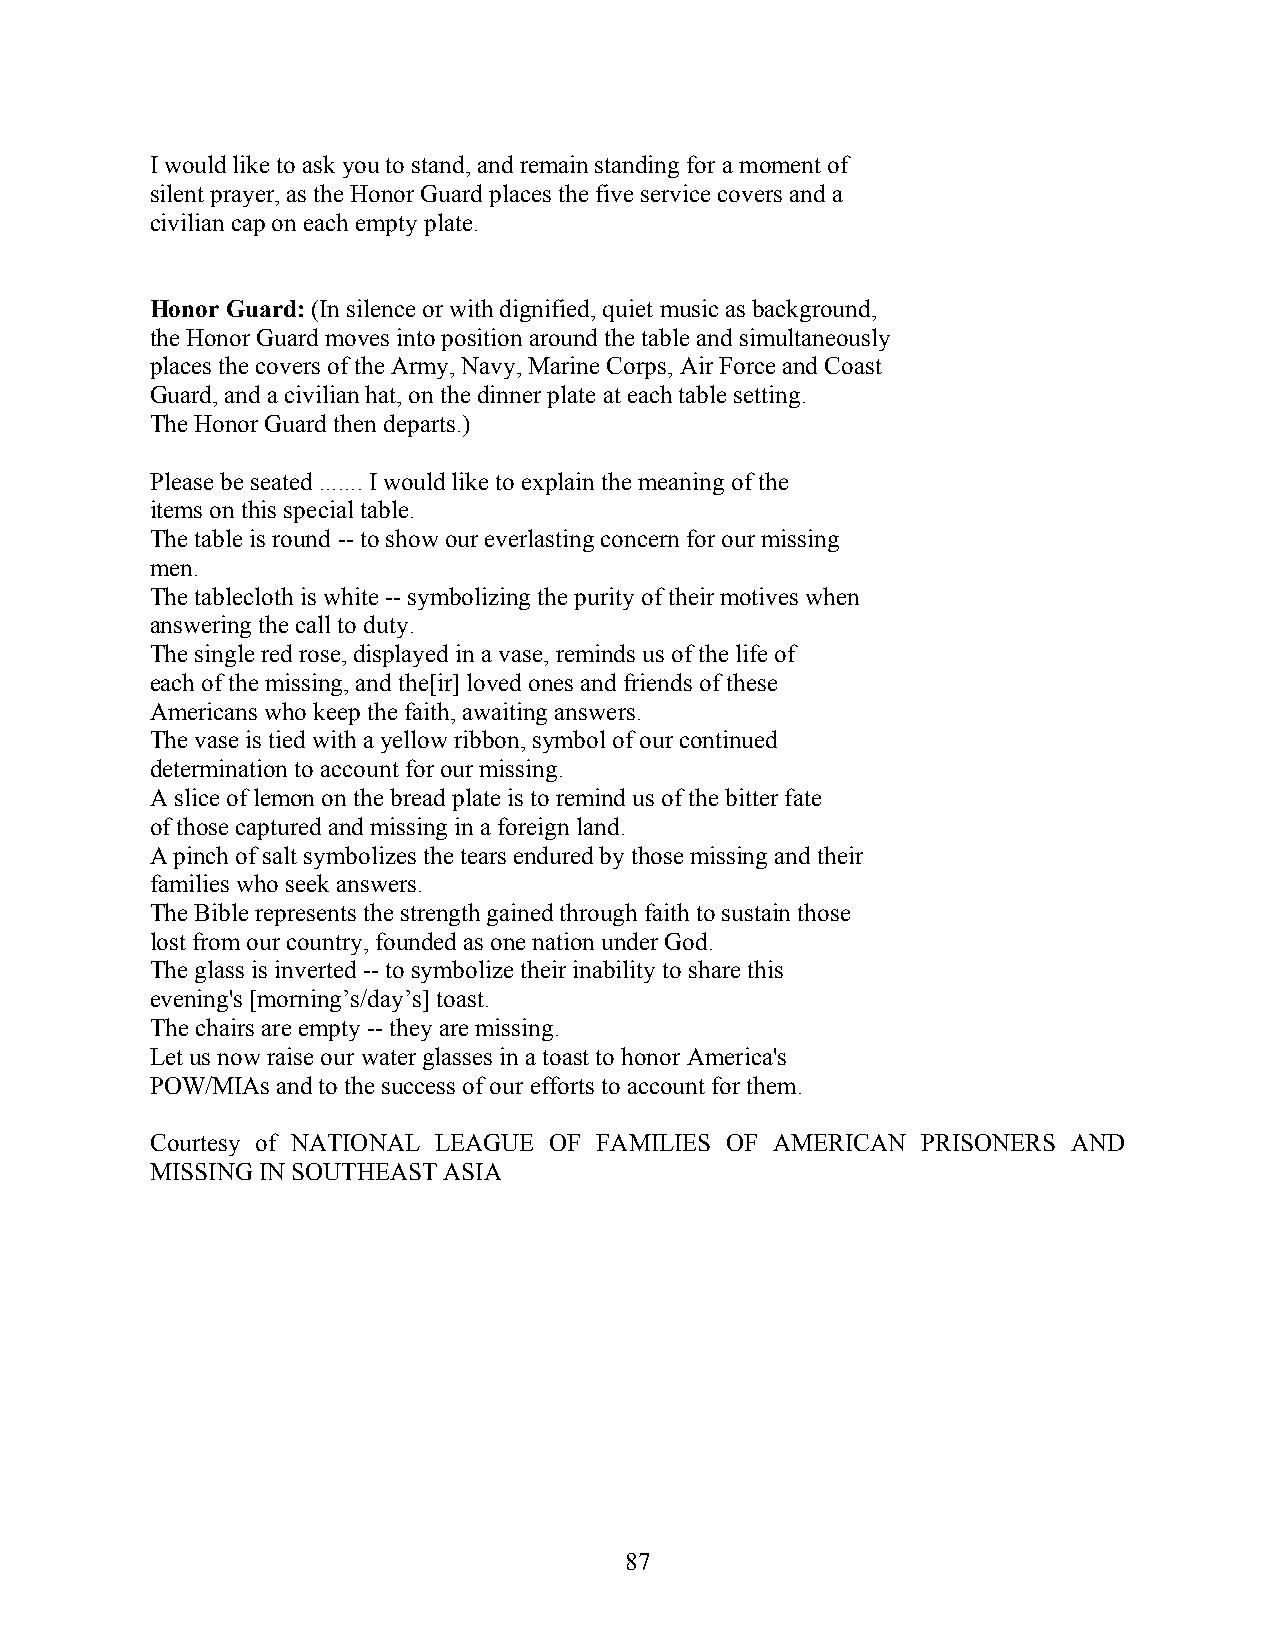
I would like to ask you to stand, and remain standing for a moment of
 silent prayer, as the Honor Guard places the five service covers and a
 civilian cap on each empty plate.
 Honor Guard: (In silence or with dignified, quiet music as background,
 the Honor Guard moves into position around the table and simultaneously
 places the covers of the Army, Navy, Marine Corps, Air Force and Coast
 Guard, and a civilian hat, on the dinner plate at each table setting.
 The Honor Guard then departs.)
 Please be seated ....... I would like to explain the meaning of the
 items on this special table.
 The table is round -- to show our everlasting concern for our missing
 men.
 The tablecloth is white -- symbolizing the purity of their motives when
 answering the call to duty.
 The single red rose, displayed in a vase, reminds us of the life of
 each of the missing, and the[ir] loved ones and friends of these
 Americans who keep the faith, awaiting answers.
 The vase is tied with a yellow ribbon, symbol of our continued
 determination to account for our missing.
 A slice of lemon on the bread plate is to remind us of the bitter fate
 of those captured and missing in a foreign land.
 A pinch of salt symbolizes the tears endured by those missing and their
 families who seek answers.
 The Bible represents the strength gained through faith to sustain those
 lost from our country, founded as one nation under God.
 The glass is inverted -- to symbolize their inability to share this
 evening's [morning’s/day’s] toast.
 The chairs are empty -- they are missing.
 Let us now raise our water glasses in a toast to honor America's
 POW/MIAs and to the success of our efforts to account for them.
 Courtesy of NATIONAL LEAGUE OF FAMILIES OF AMERICAN PRISONERS AND
 MISSING IN SOUTHEAST ASIA
 87